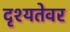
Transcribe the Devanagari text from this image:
दृश्यतेवर